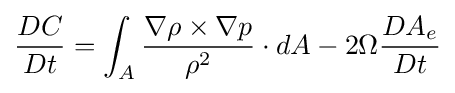
{\frac {DC}{Dt}}=\int _{A}{\frac {\nabla \rho \times \nabla p}{\rho ^{2}}}\cdot dA-2\Omega {\frac {DA_{e}}{Dt}}